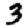
Digit: 3